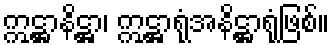
ဣဋ္ဌာနိဋ္ဌာ၊ ဣဋ္ဌာရုံအနိဋ္ဌာရုံဖြစ်။